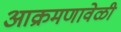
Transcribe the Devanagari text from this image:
आक्रमणावेळी